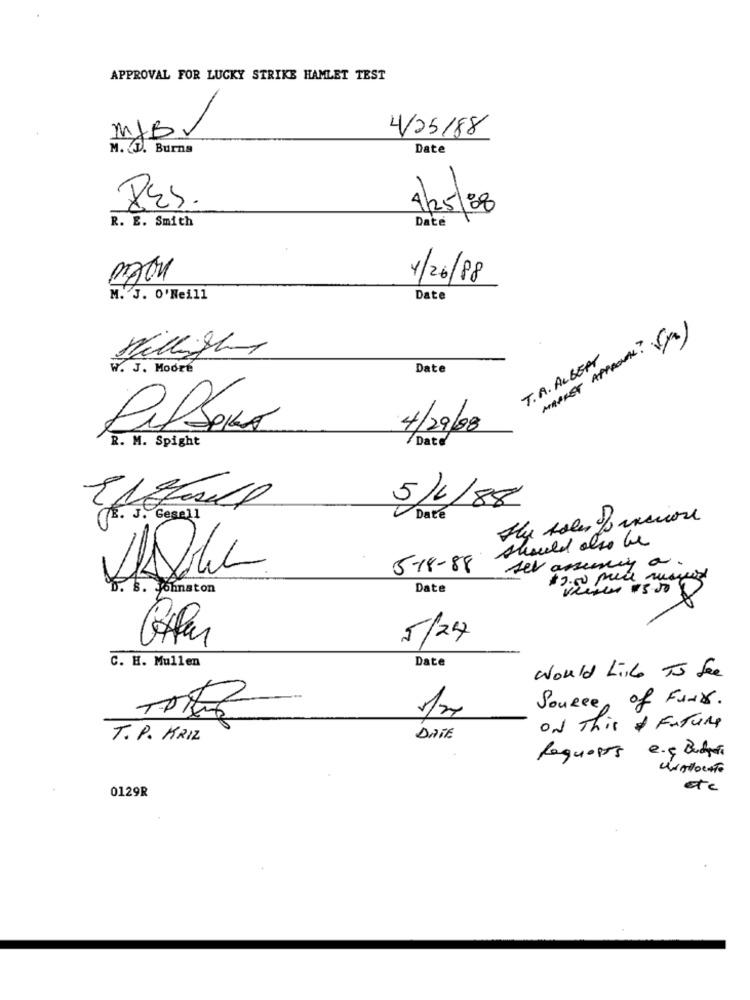
APPROVAL FOR LUCKY STRIKE HAMLET TEST
4/25/88
MyB
M. D. Burns
Date
RES.
4/25/88
Date
R. E. Smith
4/26/88
M. J. O'Neill
Date
MARKET APPROVAL ? ( )
Mugh
T.A. ALBERT
W. J. Modré
Date
4/29/08
R. M. Spight
7Date
5/4/88
E . J. Gesell
Date
should also be
sel assuny a.
5-18-88
$2.00 puis ruspio
b. S. Johnston
Date
vieren +3.50
5/24
C. H. Mullen
Date
Would Like To See
4
Source of Funx.
ON This & Future
T. P. KRIZ
DATE
Requests e.ç Budyn
0129R